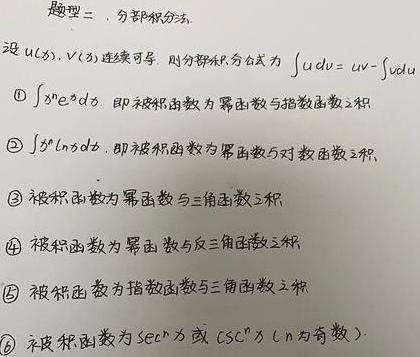
题型二. 分部积分法

设 $u(x),v(x)$ 连续可导. 则分部积分公式为 $\int u\mathrm{d}v = uv - \int v\mathrm{d}u$

\textcircled{1} $\int x^n e^x\mathrm{d}x$. 即被积函数为幂函数与指数函数之积

\textcircled{2} $\int x^n\ln x\mathrm{d}x$. 即被积函数为幂函数与对数函数之积

\textcircled{3} 被积函数为幂函数与三角函数之积

\textcircled{4} 被积函数为幂函数与反三角函数之积

\textcircled{5} 被积函数为指数函数与三角函数之积

\textcircled{6} 被积函数为 $\sec^n x$ 或 $\csc^n x$ ($n$ 为奇数)